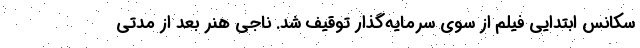
سکانس ابتدایی فیلم از سوی سرمایه‌گذار توقیف شد. ناجی هنر بعد از مدتی